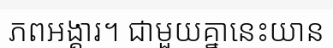
ភពអង្គារ។ ជាមួយគ្នានេះយាន